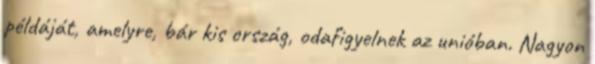
példáját, amelyre, bár kis ország, odafigyelnek az unióban. Nagyon